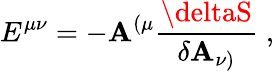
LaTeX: E^{\mu\nu}=-\mathbf{A}^{(\mu}{\frac{{\deltaS}}{{\delta\mathbf{A}_{\nu)}}}}\; ,